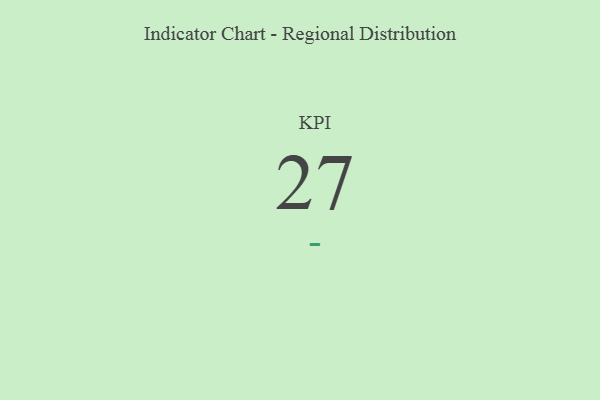
{"axis": {"x": "KPI", "y": "Value"}, "legend": [""], "data": [{"x": "KPI", "y": 27, "type": ""}]}